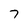
Character: 7